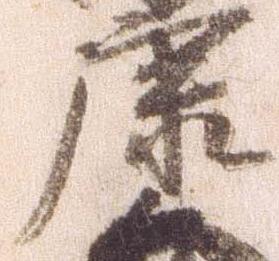
康